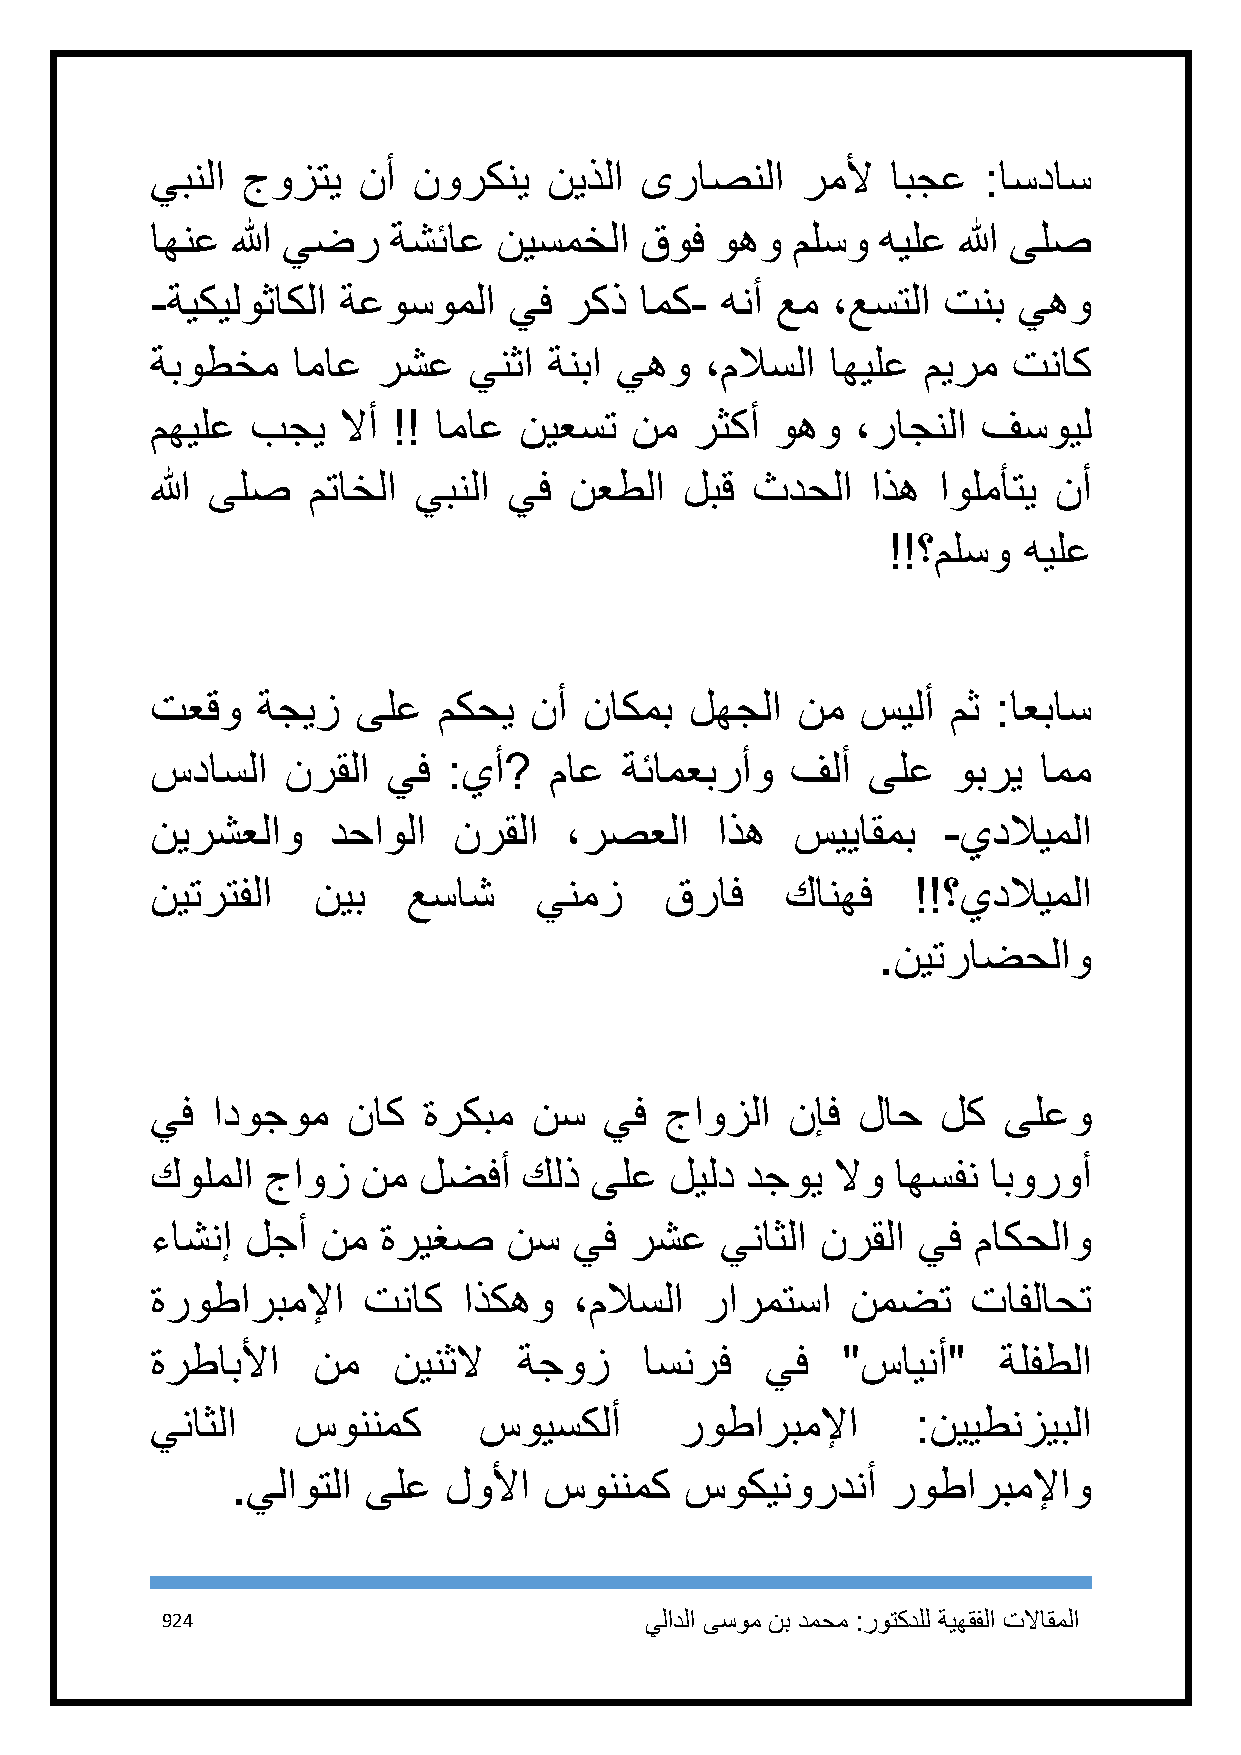
يبنلا جوزتي   نأ نوركني   نيذلا ىراصنلا    رملأ  ابجع  :اسداس
 اهنع الله يضر   ةشئاع  نيسمخلا  قوف  وهو  ملسو  هيلع الله ىلص
 -ةيكيلوثاكلا ةعوسوملا   يف ركذ  امك-  هنأ عم ،عستلا تنب  يهو
 ةبوطخم   اماع  رشع   ينثا ةنبا يهو   ،ملاسلا اهيلع ميرم  تناك
 مهيلع  بجي  لاأ !! اماع نيعست   نم  رثكأ وهو   ،راجنلا فسويل
 الله ىلص  متاخلا يبنلا  يف  نعطلا  لبق  ثدحلا   اذه اولمأتي نأ
 !!؟ملسو  هيلع
 تعقو   ةجيز   ىلع  مكحي  نأ  ناكمب  لهجلا  نم  سيلأ  مث :اعباس
 سداسلا   نرقلا  يف  :يأ?  ماع  ةئامعبرأو  فلأ  ىلع   وبري  امم
 نيرشعلاو    دحاولا  نرقلا  ،رصعلا    اذه   سيياقمب  -يدلايملا
 نيترتفلا   نيب   عساش    ينمز     قراف    كانهف   !!؟يدلايملا
 .نيتراضحلاو
 يف  ادوجوم   ناك  ةركبم  نس   يف  جاوزلا  نإف  لاح  لك  ىلعو
 كولملا جاوز   نم  لضفأ   كلذ ىلع  ليلد دجوي  لاو اهسفن ابوروأ
 ءاشنإ لجأ  نم  ةريغص    نس  يف  رشع   يناثلا نرقلا يف ماكحلاو
 ةروطاربملإا   تناك   اذكهو  ،ملاسلا  رارمتسا  نمضت    تافلاحت
 ةرطابلأا   نم   نينثلا  ةجوز     اسنرف   يف   "ساينأ"   ةلفطلا
 يناثلا   سوننمك       سويسكلأ      روطاربملإا      :نييطنزيبلا
 .يلاوتلا ىلع  لولأا  سوننمك   سوكينوردنأ    روطاربملإاو
 924                             يلادلا ىسوم نب دمحم :روتكدلل ةيهقفلا تلااقملا